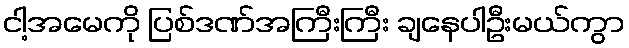
ငါ့အမေကို ပြစ်ဒဏ်အကြီးကြီး ချနေပါဦးမယ်ကွာ